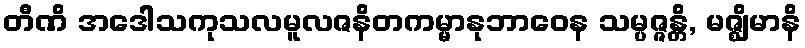
တီဏိ အဒေါသကုသလမူလဇနိတကမ္မာနုဘာဝေန သမ္ပဇ္ဇန္တိ, မဇ္ဈိမာနိ